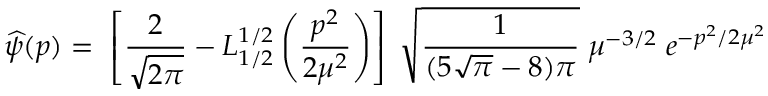
\widehat { \psi } ( p ) = \; \left[ \frac { 2 } { \sqrt { 2 \pi } } - L _ { 1 / 2 } ^ { 1 / 2 } \left( \frac { p ^ { 2 } } { 2 \mu ^ { 2 } } \right) \right] \; \sqrt { \frac { 1 } { ( 5 \sqrt { \pi } - 8 ) \pi } } \; \mu ^ { - 3 / 2 } \; e ^ { - p ^ { 2 } / 2 \mu ^ { 2 } }